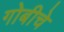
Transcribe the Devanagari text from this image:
गोबीचे